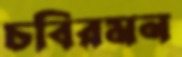
চবিরমন